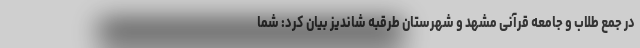
در جمع طلاب و جامعه قرآنی مشهد و شهرستان طرقبه شاندیز بیان کرد: شما